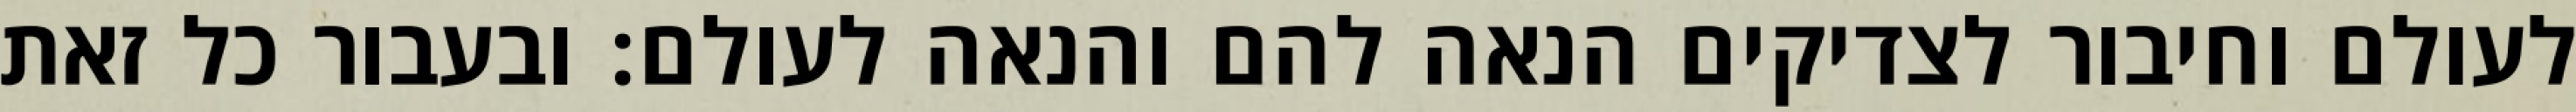
לעולם וחיבור לצדיקים הנאה להם והנאה לעולם: ובעבור כל זאת